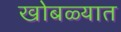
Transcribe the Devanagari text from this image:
खोबळ्यात